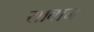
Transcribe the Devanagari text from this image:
साबान